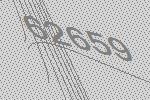
62659